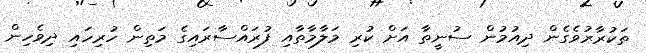
ތަކުރާރުވެގެން ދިއުމުން ސުނީތާ އަށް ކުރި މަލާމާތާއި ފުރައްސާރައިގެ މަތިން ހުރިހައި ދިވެހިން